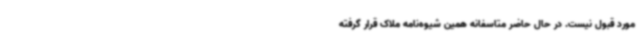
مورد قبول نیست. در حال حاضر متاسفانه همین شیوه‌نامه ملاک قرار گرفته